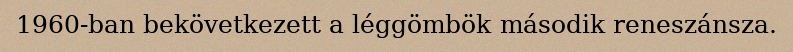
1960-ban bekövetkezett a léggömbök második reneszánsza.